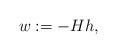
LaTeX: \begin{align*}w &:= - H h,\end{align*}